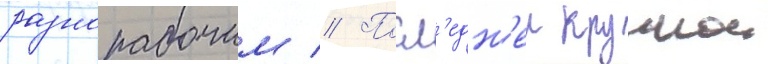
разнорабочим // Посл'едн'еи крупнои